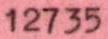
12735